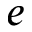
e